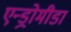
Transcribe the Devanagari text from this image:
एन्ड्रोमीडा